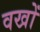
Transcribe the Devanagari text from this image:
वखों